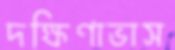
দক্ষিণাভাস